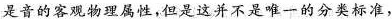
是音的客观物理属性，但是这并不是唯一的分类标准，